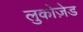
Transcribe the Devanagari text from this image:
लुकोज़ेड